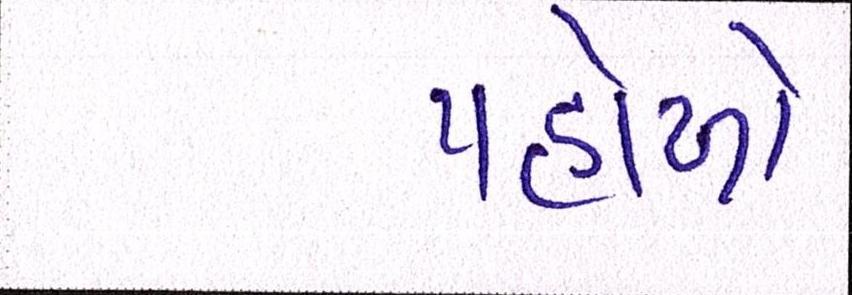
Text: પહોળો